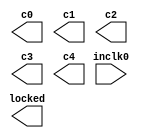
// megafunction wizard: %ALTPLL%VBB%
// GENERATION: STANDARD
// VERSION: WM1.0
// MODULE: altpll 

// ============================================================
// Megafunction Name(s):
// 			altpll
//
// Simulation Library Files(s):
// 			altera_mf
// ============================================================
// ************************************************************
// THIS IS A WIZARD-GENERATED FILE. DO NOT EDIT THIS FILE!
//
// 9.1 Build 222 10/21/2009 SP 0.08 SJ Full Version
// ************************************************************

//Copyright (C) 1991-2009 Altera Corporation
//Your use of Altera Corporation's design tools, logic functions 
//and other software and tools, and its AMPP partner logic 
//functions, and any output files from any of the foregoing 
//(including device programming or simulation files), and any 
//associated documentation or information are expressly subject 
//to the terms and conditions of the Altera Program License 
//Subscription Agreement, Altera MegaCore Function License 
//Agreement, or other applicable license agreement, including, 
//without limitation, that your use is for the sole purpose of 
//programming logic devices manufactured by Altera and sold by 
//Altera or its authorized distributors.  Please refer to the 
//applicable agreement for further details.

module TMPPLL (
	inclk0,
	c0,
	c1,
	c2,
	c3,
	c4,
	locked);

	input	  inclk0;
	output	  c0;
	output	  c1;
	output	  c2;
	output	  c3;
	output	  c4;
	output	  locked;

endmodule

// ============================================================
// CNX file retrieval info
// ============================================================
// Retrieval info: PRIVATE: ACTIVECLK_CHECK STRING "0"
// Retrieval info: PRIVATE: BANDWIDTH STRING "1.000"
// Retrieval info: PRIVATE: BANDWIDTH_FEATURE_ENABLED STRING "1"
// Retrieval info: PRIVATE: BANDWIDTH_FREQ_UNIT STRING "MHz"
// Retrieval info: PRIVATE: BANDWIDTH_PRESET STRING "Low"
// Retrieval info: PRIVATE: BANDWIDTH_USE_AUTO STRING "1"
// Retrieval info: PRIVATE: BANDWIDTH_USE_PRESET STRING "0"
// Retrieval info: PRIVATE: CLKBAD_SWITCHOVER_CHECK STRING "0"
// Retrieval info: PRIVATE: CLKLOSS_CHECK STRING "0"
// Retrieval info: PRIVATE: CLKSWITCH_CHECK STRING "0"
// Retrieval info: PRIVATE: CNX_NO_COMPENSATE_RADIO STRING "0"
// Retrieval info: PRIVATE: CREATE_CLKBAD_CHECK STRING "0"
// Retrieval info: PRIVATE: CREATE_INCLK1_CHECK STRING "0"
// Retrieval info: PRIVATE: CUR_DEDICATED_CLK STRING "c4"
// Retrieval info: PRIVATE: CUR_FBIN_CLK STRING "c4"
// Retrieval info: PRIVATE: DEVICE_SPEED_GRADE STRING "6"
// Retrieval info: PRIVATE: DIV_FACTOR0 NUMERIC "1"
// Retrieval info: PRIVATE: DIV_FACTOR1 NUMERIC "1"
// Retrieval info: PRIVATE: DIV_FACTOR2 NUMERIC "4"
// Retrieval info: PRIVATE: DIV_FACTOR3 NUMERIC "4"
// Retrieval info: PRIVATE: DIV_FACTOR4 NUMERIC "2"
// Retrieval info: PRIVATE: DUTY_CYCLE0 STRING "50.00000000"
// Retrieval info: PRIVATE: DUTY_CYCLE1 STRING "50.00000000"
// Retrieval info: PRIVATE: DUTY_CYCLE2 STRING "50.00000000"
// Retrieval info: PRIVATE: DUTY_CYCLE3 STRING "50.00000000"
// Retrieval info: PRIVATE: DUTY_CYCLE4 STRING "50.00000000"
// Retrieval info: PRIVATE: EFF_OUTPUT_FREQ_VALUE0 STRING "250.000000"
// Retrieval info: PRIVATE: EFF_OUTPUT_FREQ_VALUE1 STRING "250.000000"
// Retrieval info: PRIVATE: EFF_OUTPUT_FREQ_VALUE2 STRING "62.500000"
// Retrieval info: PRIVATE: EFF_OUTPUT_FREQ_VALUE3 STRING "62.500000"
// Retrieval info: PRIVATE: EFF_OUTPUT_FREQ_VALUE4 STRING "200.000000"
// Retrieval info: PRIVATE: EXPLICIT_SWITCHOVER_COUNTER STRING "0"
// Retrieval info: PRIVATE: EXT_FEEDBACK_RADIO STRING "0"
// Retrieval info: PRIVATE: GLOCKED_COUNTER_EDIT_CHANGED STRING "1"
// Retrieval info: PRIVATE: GLOCKED_FEATURE_ENABLED STRING "0"
// Retrieval info: PRIVATE: GLOCKED_MODE_CHECK STRING "0"
// Retrieval info: PRIVATE: GLOCK_COUNTER_EDIT NUMERIC "1048575"
// Retrieval info: PRIVATE: HAS_MANUAL_SWITCHOVER STRING "1"
// Retrieval info: PRIVATE: INCLK0_FREQ_EDIT STRING "50.000"
// Retrieval info: PRIVATE: INCLK0_FREQ_UNIT_COMBO STRING "MHz"
// Retrieval info: PRIVATE: INCLK1_FREQ_EDIT STRING "100.000"
// Retrieval info: PRIVATE: INCLK1_FREQ_EDIT_CHANGED STRING "1"
// Retrieval info: PRIVATE: INCLK1_FREQ_UNIT_CHANGED STRING "1"
// Retrieval info: PRIVATE: INCLK1_FREQ_UNIT_COMBO STRING "MHz"
// Retrieval info: PRIVATE: INTENDED_DEVICE_FAMILY STRING "Cyclone III"
// Retrieval info: PRIVATE: INT_FEEDBACK__MODE_RADIO STRING "1"
// Retrieval info: PRIVATE: LOCKED_OUTPUT_CHECK STRING "1"
// Retrieval info: PRIVATE: LONG_SCAN_RADIO STRING "1"
// Retrieval info: PRIVATE: LVDS_MODE_DATA_RATE STRING "300.000"
// Retrieval info: PRIVATE: LVDS_MODE_DATA_RATE_DIRTY NUMERIC "0"
// Retrieval info: PRIVATE: LVDS_PHASE_SHIFT_UNIT0 STRING "deg"
// Retrieval info: PRIVATE: LVDS_PHASE_SHIFT_UNIT1 STRING "deg"
// Retrieval info: PRIVATE: LVDS_PHASE_SHIFT_UNIT2 STRING "deg"
// Retrieval info: PRIVATE: LVDS_PHASE_SHIFT_UNIT3 STRING "deg"
// Retrieval info: PRIVATE: LVDS_PHASE_SHIFT_UNIT4 STRING "ps"
// Retrieval info: PRIVATE: MIG_DEVICE_SPEED_GRADE STRING "Any"
// Retrieval info: PRIVATE: MIRROR_CLK0 STRING "0"
// Retrieval info: PRIVATE: MIRROR_CLK1 STRING "0"
// Retrieval info: PRIVATE: MIRROR_CLK2 STRING "0"
// Retrieval info: PRIVATE: MIRROR_CLK3 STRING "0"
// Retrieval info: PRIVATE: MIRROR_CLK4 STRING "0"
// Retrieval info: PRIVATE: MULT_FACTOR0 NUMERIC "5"
// Retrieval info: PRIVATE: MULT_FACTOR1 NUMERIC "5"
// Retrieval info: PRIVATE: MULT_FACTOR2 NUMERIC "5"
// Retrieval info: PRIVATE: MULT_FACTOR3 NUMERIC "5"
// Retrieval info: PRIVATE: MULT_FACTOR4 NUMERIC "5"
// Retrieval info: PRIVATE: NORMAL_MODE_RADIO STRING "0"
// Retrieval info: PRIVATE: OUTPUT_FREQ0 STRING "250.00000000"
// Retrieval info: PRIVATE: OUTPUT_FREQ1 STRING "250.00000000"
// Retrieval info: PRIVATE: OUTPUT_FREQ2 STRING "250.00000000"
// Retrieval info: PRIVATE: OUTPUT_FREQ3 STRING "250.00000000"
// Retrieval info: PRIVATE: OUTPUT_FREQ4 STRING "200.00000000"
// Retrieval info: PRIVATE: OUTPUT_FREQ_MODE0 STRING "0"
// Retrieval info: PRIVATE: OUTPUT_FREQ_MODE1 STRING "0"
// Retrieval info: PRIVATE: OUTPUT_FREQ_MODE2 STRING "0"
// Retrieval info: PRIVATE: OUTPUT_FREQ_MODE3 STRING "0"
// Retrieval info: PRIVATE: OUTPUT_FREQ_MODE4 STRING "1"
// Retrieval info: PRIVATE: OUTPUT_FREQ_UNIT0 STRING "MHz"
// Retrieval info: PRIVATE: OUTPUT_FREQ_UNIT1 STRING "MHz"
// Retrieval info: PRIVATE: OUTPUT_FREQ_UNIT2 STRING "MHz"
// Retrieval info: PRIVATE: OUTPUT_FREQ_UNIT3 STRING "MHz"
// Retrieval info: PRIVATE: OUTPUT_FREQ_UNIT4 STRING "MHz"
// Retrieval info: PRIVATE: PHASE_RECONFIG_FEATURE_ENABLED STRING "1"
// Retrieval info: PRIVATE: PHASE_RECONFIG_INPUTS_CHECK STRING "0"
// Retrieval info: PRIVATE: PHASE_SHIFT0 STRING "0.00000000"
// Retrieval info: PRIVATE: PHASE_SHIFT1 STRING "180.00000000"
// Retrieval info: PRIVATE: PHASE_SHIFT2 STRING "0.00000000"
// Retrieval info: PRIVATE: PHASE_SHIFT3 STRING "180.00000000"
// Retrieval info: PRIVATE: PHASE_SHIFT4 STRING "0.00000000"
// Retrieval info: PRIVATE: PHASE_SHIFT_STEP_ENABLED_CHECK STRING "0"
// Retrieval info: PRIVATE: PHASE_SHIFT_UNIT0 STRING "deg"
// Retrieval info: PRIVATE: PHASE_SHIFT_UNIT1 STRING "deg"
// Retrieval info: PRIVATE: PHASE_SHIFT_UNIT2 STRING "deg"
// Retrieval info: PRIVATE: PHASE_SHIFT_UNIT3 STRING "deg"
// Retrieval info: PRIVATE: PHASE_SHIFT_UNIT4 STRING "deg"
// Retrieval info: PRIVATE: PLL_ADVANCED_PARAM_CHECK STRING "1"
// Retrieval info: PRIVATE: PLL_ARESET_CHECK STRING "0"
// Retrieval info: PRIVATE: PLL_AUTOPLL_CHECK NUMERIC "1"
// Retrieval info: PRIVATE: PLL_ENHPLL_CHECK NUMERIC "0"
// Retrieval info: PRIVATE: PLL_FASTPLL_CHECK NUMERIC "0"
// Retrieval info: PRIVATE: PLL_FBMIMIC_CHECK STRING "0"
// Retrieval info: PRIVATE: PLL_LVDS_PLL_CHECK NUMERIC "0"
// Retrieval info: PRIVATE: PLL_PFDENA_CHECK STRING "0"
// Retrieval info: PRIVATE: PLL_TARGET_HARCOPY_CHECK NUMERIC "0"
// Retrieval info: PRIVATE: PRIMARY_CLK_COMBO STRING "inclk0"
// Retrieval info: PRIVATE: RECONFIG_FILE STRING "TMPPLL.mif"
// Retrieval info: PRIVATE: SACN_INPUTS_CHECK STRING "0"
// Retrieval info: PRIVATE: SCAN_FEATURE_ENABLED STRING "1"
// Retrieval info: PRIVATE: SELF_RESET_LOCK_LOSS STRING "1"
// Retrieval info: PRIVATE: SHORT_SCAN_RADIO STRING "0"
// Retrieval info: PRIVATE: SPREAD_FEATURE_ENABLED STRING "0"
// Retrieval info: PRIVATE: SPREAD_FREQ STRING "50.000"
// Retrieval info: PRIVATE: SPREAD_FREQ_UNIT STRING "KHz"
// Retrieval info: PRIVATE: SPREAD_PERCENT STRING "0.500"
// Retrieval info: PRIVATE: SPREAD_USE STRING "0"
// Retrieval info: PRIVATE: SRC_SYNCH_COMP_RADIO STRING "0"
// Retrieval info: PRIVATE: STICKY_CLK0 STRING "1"
// Retrieval info: PRIVATE: STICKY_CLK1 STRING "1"
// Retrieval info: PRIVATE: STICKY_CLK2 STRING "1"
// Retrieval info: PRIVATE: STICKY_CLK3 STRING "1"
// Retrieval info: PRIVATE: STICKY_CLK4 STRING "1"
// Retrieval info: PRIVATE: SWITCHOVER_COUNT_EDIT NUMERIC "1"
// Retrieval info: PRIVATE: SWITCHOVER_FEATURE_ENABLED STRING "1"
// Retrieval info: PRIVATE: SYNTH_WRAPPER_GEN_POSTFIX STRING "0"
// Retrieval info: PRIVATE: USE_CLK0 STRING "1"
// Retrieval info: PRIVATE: USE_CLK1 STRING "1"
// Retrieval info: PRIVATE: USE_CLK2 STRING "1"
// Retrieval info: PRIVATE: USE_CLK3 STRING "1"
// Retrieval info: PRIVATE: USE_CLK4 STRING "1"
// Retrieval info: PRIVATE: USE_CLKENA0 STRING "0"
// Retrieval info: PRIVATE: USE_CLKENA1 STRING "0"
// Retrieval info: PRIVATE: USE_CLKENA2 STRING "0"
// Retrieval info: PRIVATE: USE_CLKENA3 STRING "0"
// Retrieval info: PRIVATE: USE_CLKENA4 STRING "0"
// Retrieval info: PRIVATE: USE_MIL_SPEED_GRADE NUMERIC "0"
// Retrieval info: PRIVATE: ZERO_DELAY_RADIO STRING "1"
// Retrieval info: LIBRARY: altera_mf altera_mf.altera_mf_components.all
// Retrieval info: CONSTANT: CHARGE_PUMP_CURRENT_BITS NUMERIC "1"
// Retrieval info: CONSTANT: COMPENSATE_CLOCK STRING "CLK4"
// Retrieval info: CONSTANT: INCLK0_INPUT_FREQUENCY NUMERIC "20000"
// Retrieval info: CONSTANT: INTENDED_DEVICE_FAMILY STRING "Cyclone III"
// Retrieval info: CONSTANT: LOOP_FILTER_C_BITS NUMERIC "0"
// Retrieval info: CONSTANT: LOOP_FILTER_R_BITS NUMERIC "27"
// Retrieval info: CONSTANT: LPM_TYPE STRING "altpll"
// Retrieval info: CONSTANT: M NUMERIC "20"
// Retrieval info: CONSTANT: M_INITIAL NUMERIC "1"
// Retrieval info: CONSTANT: M_PH NUMERIC "0"
// Retrieval info: CONSTANT: N NUMERIC "1"
// Retrieval info: CONSTANT: OPERATION_MODE STRING "ZERO_DELAY_BUFFER"
// Retrieval info: CONSTANT: PLL_TYPE STRING "AUTO"
// Retrieval info: CONSTANT: PORT_ACTIVECLOCK STRING "PORT_UNUSED"
// Retrieval info: CONSTANT: PORT_ARESET STRING "PORT_UNUSED"
// Retrieval info: CONSTANT: PORT_CLKBAD0 STRING "PORT_UNUSED"
// Retrieval info: CONSTANT: PORT_CLKBAD1 STRING "PORT_UNUSED"
// Retrieval info: CONSTANT: PORT_CLKLOSS STRING "PORT_UNUSED"
// Retrieval info: CONSTANT: PORT_CLKSWITCH STRING "PORT_UNUSED"
// Retrieval info: CONSTANT: PORT_CONFIGUPDATE STRING "PORT_UNUSED"
// Retrieval info: CONSTANT: PORT_FBIN STRING "PORT_UNUSED"
// Retrieval info: CONSTANT: PORT_INCLK0 STRING "PORT_USED"
// Retrieval info: CONSTANT: PORT_INCLK1 STRING "PORT_UNUSED"
// Retrieval info: CONSTANT: PORT_LOCKED STRING "PORT_USED"
// Retrieval info: CONSTANT: PORT_PFDENA STRING "PORT_UNUSED"
// Retrieval info: CONSTANT: PORT_PHASECOUNTERSELECT STRING "PORT_UNUSED"
// Retrieval info: CONSTANT: PORT_PHASEDONE STRING "PORT_UNUSED"
// Retrieval info: CONSTANT: PORT_PHASESTEP STRING "PORT_UNUSED"
// Retrieval info: CONSTANT: PORT_PHASEUPDOWN STRING "PORT_UNUSED"
// Retrieval info: CONSTANT: PORT_PLLENA STRING "PORT_UNUSED"
// Retrieval info: CONSTANT: PORT_SCANACLR STRING "PORT_UNUSED"
// Retrieval info: CONSTANT: PORT_SCANCLK STRING "PORT_UNUSED"
// Retrieval info: CONSTANT: PORT_SCANCLKENA STRING "PORT_UNUSED"
// Retrieval info: CONSTANT: PORT_SCANDATA STRING "PORT_UNUSED"
// Retrieval info: CONSTANT: PORT_SCANDATAOUT STRING "PORT_UNUSED"
// Retrieval info: CONSTANT: PORT_SCANDONE STRING "PORT_UNUSED"
// Retrieval info: CONSTANT: PORT_SCANREAD STRING "PORT_UNUSED"
// Retrieval info: CONSTANT: PORT_SCANWRITE STRING "PORT_UNUSED"
// Retrieval info: CONSTANT: PORT_clk0 STRING "PORT_USED"
// Retrieval info: CONSTANT: PORT_clk1 STRING "PORT_USED"
// Retrieval info: CONSTANT: PORT_clk2 STRING "PORT_USED"
// Retrieval info: CONSTANT: PORT_clk3 STRING "PORT_USED"
// Retrieval info: CONSTANT: PORT_clk4 STRING "PORT_USED"
// Retrieval info: CONSTANT: PORT_clk5 STRING "PORT_UNUSED"
// Retrieval info: CONSTANT: PORT_clkena0 STRING "PORT_UNUSED"
// Retrieval info: CONSTANT: PORT_clkena1 STRING "PORT_UNUSED"
// Retrieval info: CONSTANT: PORT_clkena2 STRING "PORT_UNUSED"
// Retrieval info: CONSTANT: PORT_clkena3 STRING "PORT_UNUSED"
// Retrieval info: CONSTANT: PORT_clkena4 STRING "PORT_UNUSED"
// Retrieval info: CONSTANT: PORT_clkena5 STRING "PORT_UNUSED"
// Retrieval info: CONSTANT: PORT_extclk0 STRING "PORT_UNUSED"
// Retrieval info: CONSTANT: PORT_extclk1 STRING "PORT_UNUSED"
// Retrieval info: CONSTANT: PORT_extclk2 STRING "PORT_UNUSED"
// Retrieval info: CONSTANT: PORT_extclk3 STRING "PORT_UNUSED"
// Retrieval info: CONSTANT: SELF_RESET_ON_LOSS_LOCK STRING "ON"
// Retrieval info: CONSTANT: VCO_POST_SCALE NUMERIC "1"
// Retrieval info: CONSTANT: WIDTH_CLOCK NUMERIC "5"
// Retrieval info: CONSTANT: c0_high NUMERIC "2"
// Retrieval info: CONSTANT: c0_initial NUMERIC "1"
// Retrieval info: CONSTANT: c0_low NUMERIC "2"
// Retrieval info: CONSTANT: c0_mode STRING "even"
// Retrieval info: CONSTANT: c0_ph NUMERIC "0"
// Retrieval info: CONSTANT: c1_high NUMERIC "2"
// Retrieval info: CONSTANT: c1_initial NUMERIC "3"
// Retrieval info: CONSTANT: c1_low NUMERIC "2"
// Retrieval info: CONSTANT: c1_mode STRING "even"
// Retrieval info: CONSTANT: c1_ph NUMERIC "0"
// Retrieval info: CONSTANT: c2_high NUMERIC "8"
// Retrieval info: CONSTANT: c2_initial NUMERIC "1"
// Retrieval info: CONSTANT: c2_low NUMERIC "8"
// Retrieval info: CONSTANT: c2_mode STRING "even"
// Retrieval info: CONSTANT: c2_ph NUMERIC "0"
// Retrieval info: CONSTANT: c3_high NUMERIC "8"
// Retrieval info: CONSTANT: c3_initial NUMERIC "9"
// Retrieval info: CONSTANT: c3_low NUMERIC "8"
// Retrieval info: CONSTANT: c3_mode STRING "even"
// Retrieval info: CONSTANT: c3_ph NUMERIC "0"
// Retrieval info: CONSTANT: c4_high NUMERIC "3"
// Retrieval info: CONSTANT: c4_initial NUMERIC "1"
// Retrieval info: CONSTANT: c4_low NUMERIC "2"
// Retrieval info: CONSTANT: c4_mode STRING "odd"
// Retrieval info: CONSTANT: c4_ph NUMERIC "0"
// Retrieval info: CONSTANT: clk0_counter STRING "c0"
// Retrieval info: CONSTANT: clk1_counter STRING "c1"
// Retrieval info: CONSTANT: clk2_counter STRING "c2"
// Retrieval info: CONSTANT: clk3_counter STRING "c3"
// Retrieval info: CONSTANT: clk4_counter STRING "c4"
// Retrieval info: USED_PORT: @clk 0 0 5 0 OUTPUT_CLK_EXT VCC "@clk[4..0]"
// Retrieval info: USED_PORT: c0 0 0 0 0 OUTPUT_CLK_EXT VCC "c0"
// Retrieval info: USED_PORT: c1 0 0 0 0 OUTPUT_CLK_EXT VCC "c1"
// Retrieval info: USED_PORT: c2 0 0 0 0 OUTPUT_CLK_EXT VCC "c2"
// Retrieval info: USED_PORT: c3 0 0 0 0 OUTPUT_CLK_EXT VCC "c3"
// Retrieval info: USED_PORT: c4 0 0 0 0 OUTPUT_CLK_EXT VCC "c4"
// Retrieval info: USED_PORT: inclk0 0 0 0 0 INPUT_CLK_EXT GND "inclk0"
// Retrieval info: USED_PORT: locked 0 0 0 0 OUTPUT GND "locked"
// Retrieval info: CONNECT: locked 0 0 0 0 @locked 0 0 0 0
// Retrieval info: CONNECT: @inclk 0 0 1 0 inclk0 0 0 0 0
// Retrieval info: CONNECT: c0 0 0 0 0 @clk 0 0 1 0
// Retrieval info: CONNECT: c1 0 0 0 0 @clk 0 0 1 1
// Retrieval info: CONNECT: c3 0 0 0 0 @clk 0 0 1 3
// Retrieval info: CONNECT: c2 0 0 0 0 @clk 0 0 1 2
// Retrieval info: CONNECT: c4 0 0 0 0 @clk 0 0 1 4
// Retrieval info: CONNECT: @inclk 0 0 1 1 GND 0 0 0 0
// Retrieval info: GEN_FILE: TYPE_NORMAL TMPPLL.v TRUE
// Retrieval info: GEN_FILE: TYPE_NORMAL TMPPLL.ppf TRUE
// Retrieval info: GEN_FILE: TYPE_NORMAL TMPPLL.inc TRUE
// Retrieval info: GEN_FILE: TYPE_NORMAL TMPPLL.cmp TRUE
// Retrieval info: GEN_FILE: TYPE_NORMAL TMPPLL.bsf TRUE FALSE
// Retrieval info: GEN_FILE: TYPE_NORMAL TMPPLL_inst.v TRUE
// Retrieval info: GEN_FILE: TYPE_NORMAL TMPPLL_bb.v TRUE
// Retrieval info: GEN_FILE: TYPE_NORMAL TMPPLL_waveforms.html TRUE
// Retrieval info: GEN_FILE: TYPE_NORMAL TMPPLL_wave*.jpg TRUE
// Retrieval info: LIB_FILE: altera_mf
// Retrieval info: CBX_MODULE_PREFIX: ON